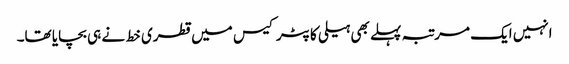
انہیں ایک مرتبہ پہلے بھی ہیلی کاپٹر کیس میں قطری خط نے ہی بچایا تھا۔